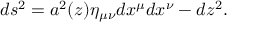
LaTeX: d s ^ { 2 } = a ^ { 2 } ( z ) \eta _ { \mu \nu } d x ^ { \mu } d x ^ { \nu } - d z ^ { 2 } .